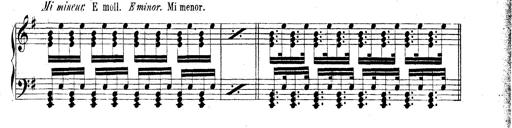
Title: Technische Studien
Composer: Franz Liszt